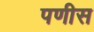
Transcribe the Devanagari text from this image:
पणीस